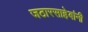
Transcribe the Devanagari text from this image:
जठारसाहेबांनी